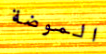
الموضة